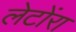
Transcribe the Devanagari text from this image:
लेटोंरा